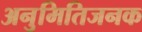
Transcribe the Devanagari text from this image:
अनुमितिजनक